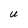
Character: U